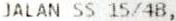
JALAN SS 15/4B,